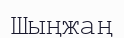
Шыңжаң